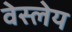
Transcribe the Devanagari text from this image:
वेस्लेय